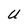
Character: U